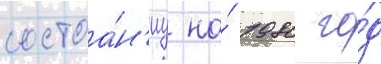
состоа́н'иу на́ 1980 го́д